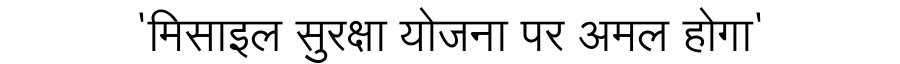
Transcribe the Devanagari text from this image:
'मिसाइल सुरक्षा योजना पर अमल होगा'